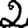
Digit: 2